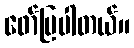
ဖော်ပြပါတယ်။